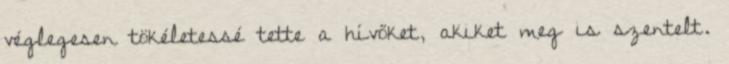
véglegesen tökéletessé tette a hívőket, akiket meg is szentelt.